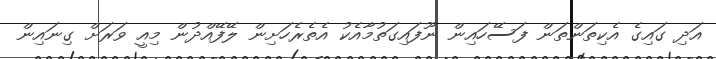
އަދި ގައިގެ އެކިތަންތަން ފަސޭހައިން ނޫފައިގަތުމާއެކު އެތެރެހަށިން ލޭފޭއްދުން މިއީ ވަރަށް ގިނައިން